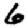
Digit: 6